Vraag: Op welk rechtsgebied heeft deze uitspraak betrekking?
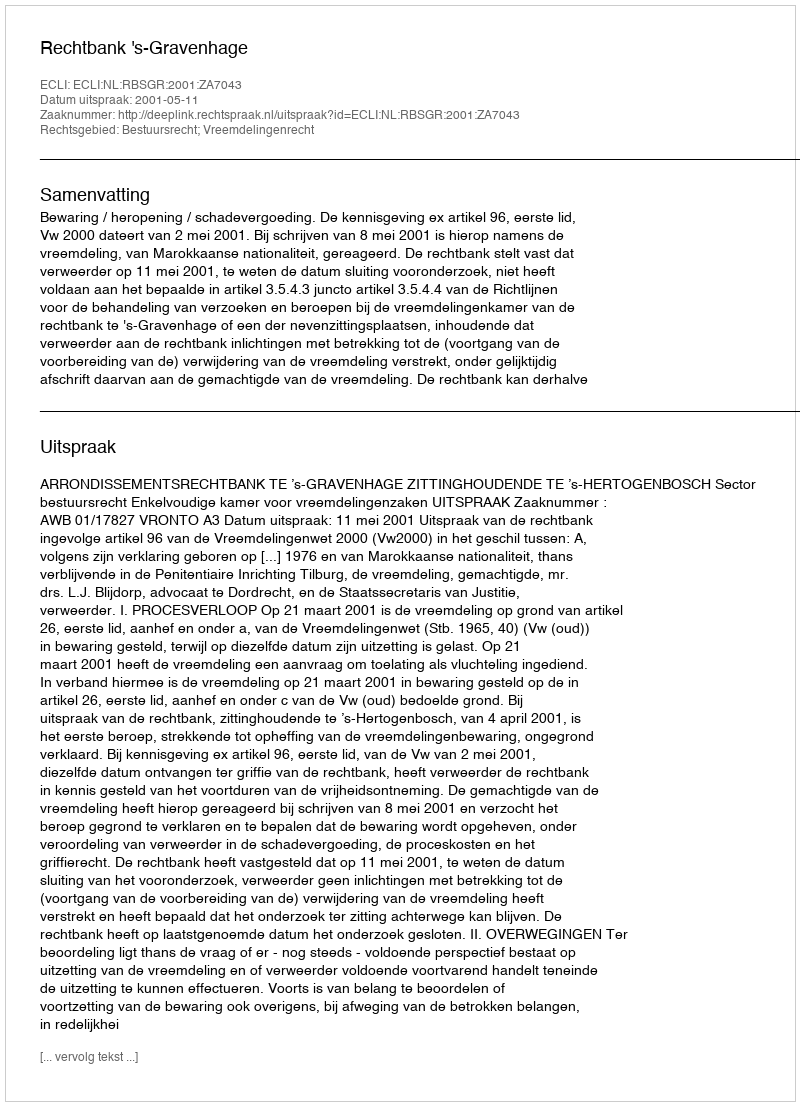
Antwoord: Bestuursrecht; Vreemdelingenrecht